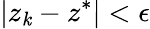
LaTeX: |z_{\mathit{k}}-z^{*}|<\epsilon